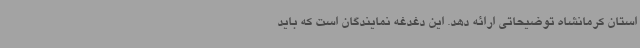
استان کرمانشاه توضیحاتی ارائه دهد. این دغدغه نمایندگان است که باید